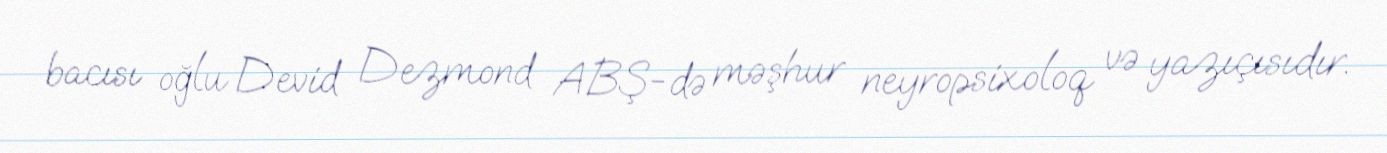
bacısı oğlu Devid Dezmond ABŞ-də məşhur neyropsixoloq və yazıçısıdır.